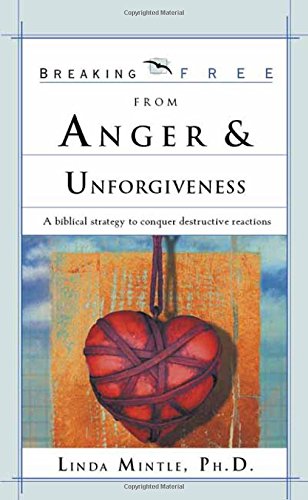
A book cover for Breaking Free From Anger & Unforgiveness: A biblical strategy to conquer destructive reactions; Linda Mintle  Ph.D.; Self-Help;